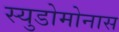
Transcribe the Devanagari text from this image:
स्युडोमोनास